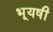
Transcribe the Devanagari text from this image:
भूयषी